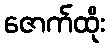
ဇောက်ထိုး